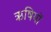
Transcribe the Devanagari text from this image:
ऋषियों